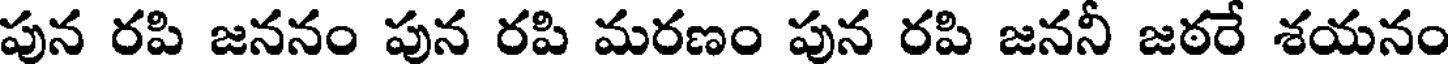
పున రపి జననం పున రపి మరణం పున రపి జననీ జఠరే శయనం